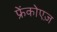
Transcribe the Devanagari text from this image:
फ्रेंकोएज़